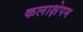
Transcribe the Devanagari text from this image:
कलाक्षेपम